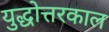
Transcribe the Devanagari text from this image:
युद्धोत्तरकाल